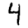
Digit: 4